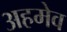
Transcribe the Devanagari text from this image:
अहमेव